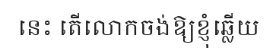
នេះ តើលោកចង់ឱ្យខ្ញុំឆ្លើយ